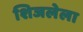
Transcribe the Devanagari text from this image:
शिजलेला